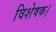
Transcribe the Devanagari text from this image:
विशेषक।